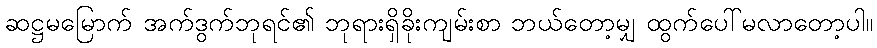
ဆဋ္ဌမမြောက် အက်ဒွက်ဘုရင်၏ ဘုရားရှိခိုးကျမ်းစာ ဘယ်တော့မျှ ထွက်ပေါ်မလာတော့ပါ။